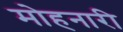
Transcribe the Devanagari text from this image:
मोहनारी